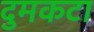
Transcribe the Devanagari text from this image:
दुमकटा